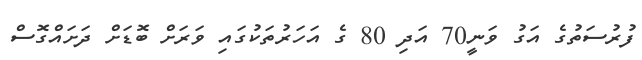
ފުރުސަތުގެ އަގު ވަނީ70 އަދި 80 ގެ އަހަރުތަކުގައި ވަރަށް ބޮޑަށް ދަށައްގޮސް